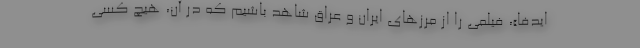
ایدفا»، فیلمی را از مرزهای ایران و عراق شاهد باشیم که در آن، هیچ کسی